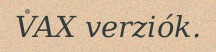
VAX verziók.